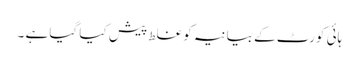
ہائی کورٹ کے بیانیہ کو غلط پیش کیا گیا ہے ۔